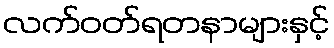
လက်ဝတ်ရတနာများနှင့်